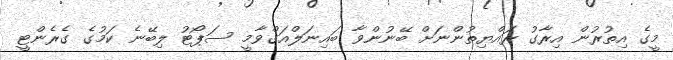
މީގެ އިތުރުން އިރާގު ރައްޔިތުންނަށް ބޭނުންވާ ބައިނަލްއަގްވާމީ ސަޕޯޓު ލިބޭނެ ކަމުގެ ގެރެންޓީ